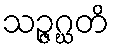
သဉ္ဇဂ္ဃတိ